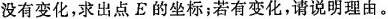
没有变化，求出点E的坐标；若有变化，请说明理由。